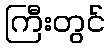
ကြီးတွင်